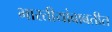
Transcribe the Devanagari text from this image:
भारतीयांबाबतीत